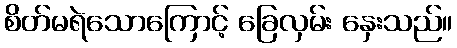
စိတ်မရဲသောကြောင့် ခြေလှမ်း နှေးသည်။